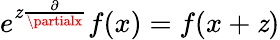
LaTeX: e^{\mathit{z}\frac{{\partial}}{{\partialx}}}f(x)=f(x+\mathit{z})